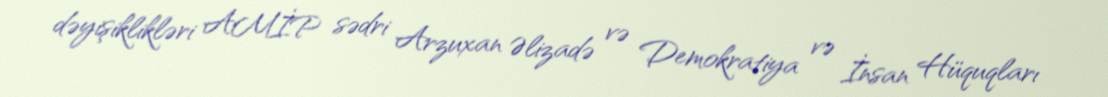
dəyişiklikləri AMİP sədri Arzuxan Əlizadə və Demokratiya və İnsan Hüquqları